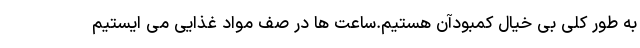
به طور کلی بی خیال کمبودآن هستیم.ساعت ها در صف مواد غذایی می ایستیم